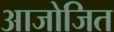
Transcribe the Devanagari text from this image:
आजोजित